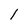
Character: l